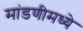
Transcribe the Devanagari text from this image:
मांडणीमध्‍ये